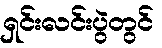
ရှင်းလင်းပွဲတွင်